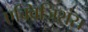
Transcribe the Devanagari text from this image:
एक्विजिशंस